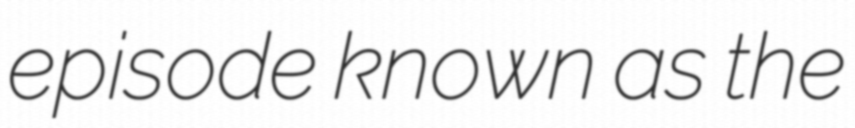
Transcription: episode known as the